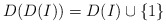
\begin{align*}D(D(I))=D(I) \cup \{1 \}\end{align*}